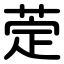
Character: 萣